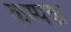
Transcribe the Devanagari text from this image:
कम्पक